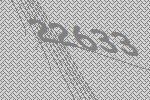
22633